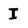
Character: I